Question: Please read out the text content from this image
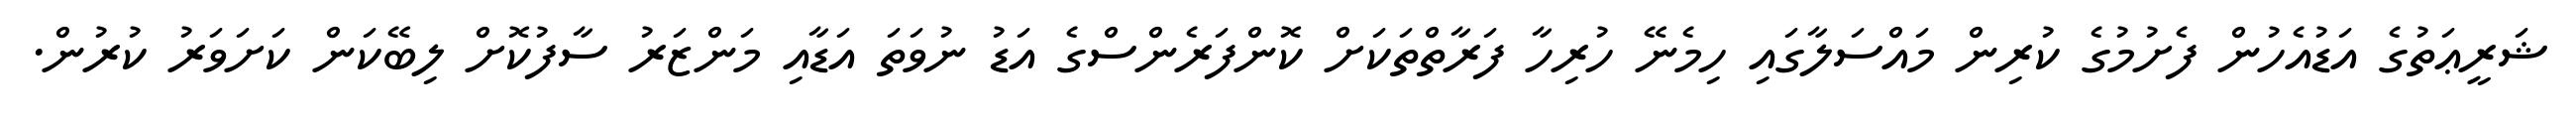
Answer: ޝަރީޢަތުގެ އަޑުއެހުން ފެށުމުގެ ކުރިން މައްސަލާގައި ހިމެނޭ ހުރިހާ ފަރާތްތަކަށް ކޮންފަރެންސްގެ އަޑު ނުވަތަ އަޑާއި މަންޒަރު ސާފުކޮށް ލިބޭކަން ކަށަވަރު ކުރުން.